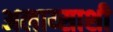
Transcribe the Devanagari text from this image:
अलाय्साशी